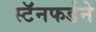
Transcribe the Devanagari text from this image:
स्टॅनफर्डने